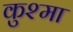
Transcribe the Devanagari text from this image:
कुश्‍मा